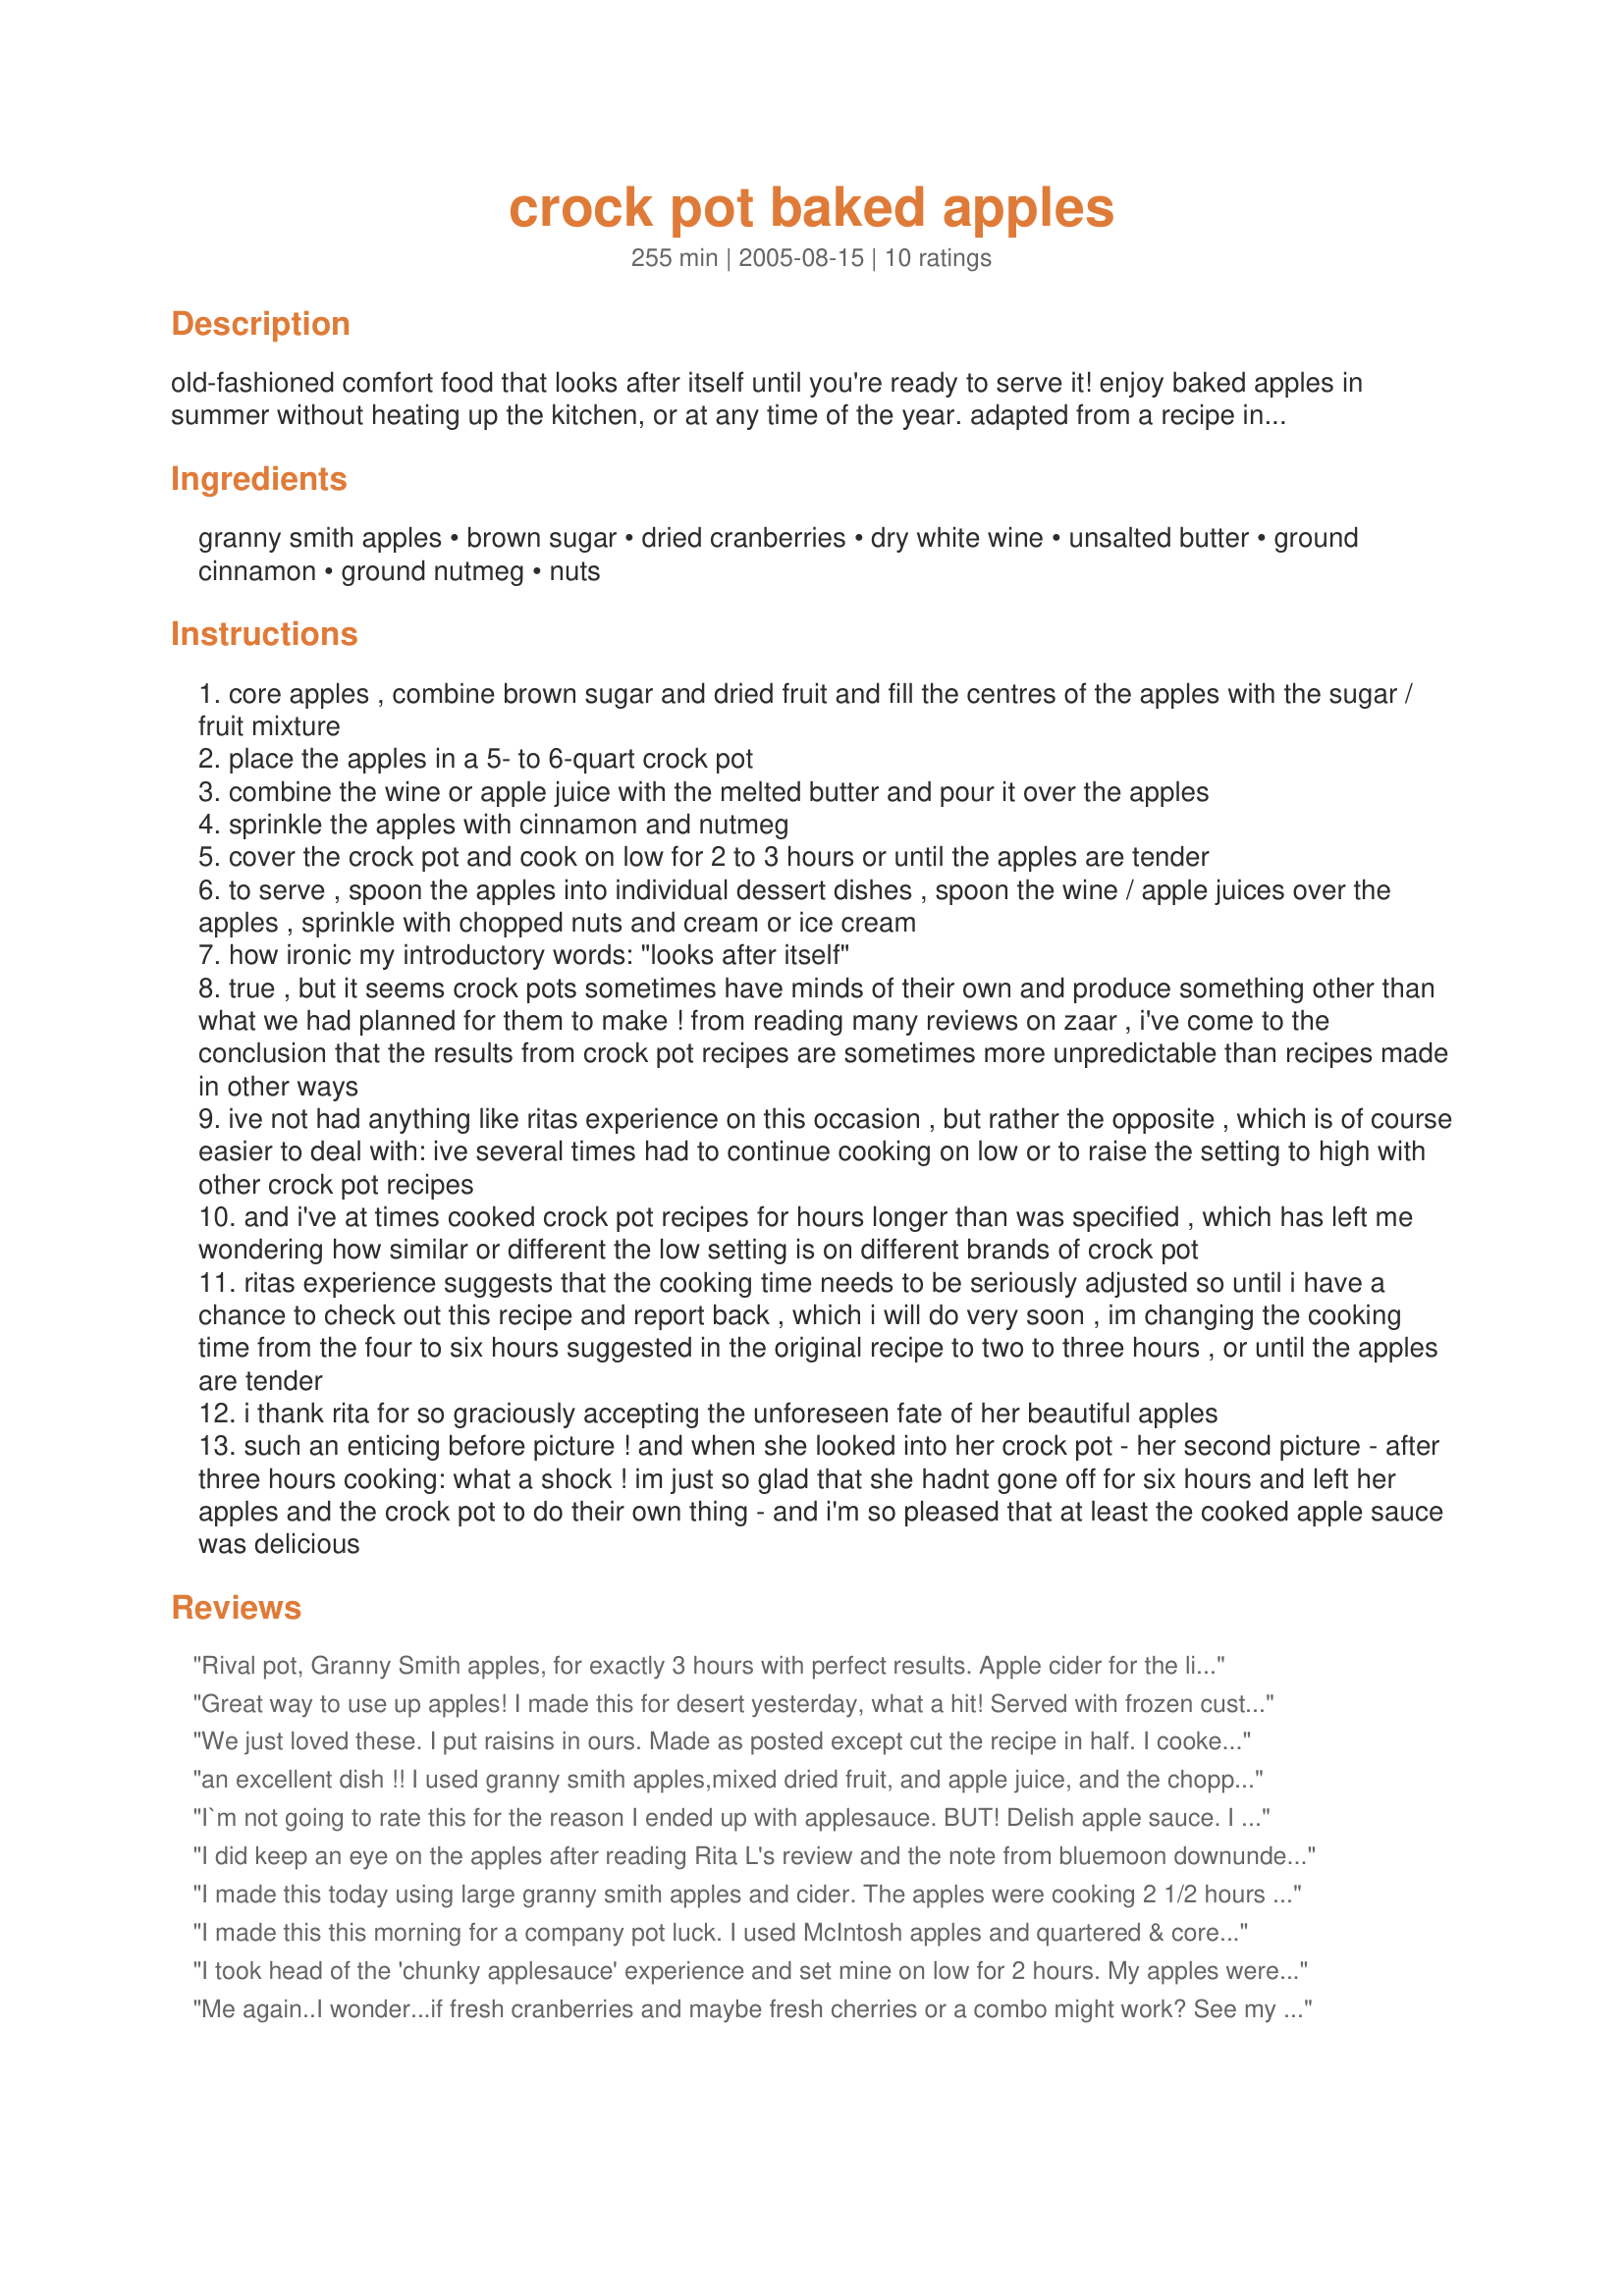
crock pot baked apples
Preparation time: 255 minutes

old-fashioned comfort food that looks after itself until you're ready to serve it! enjoy baked apples in summer without heating up the kitchen, or at any time of the year. adapted from a recipe in betty crocker's "slow cooker cookbook". if you are planning to make this recipe, please read rita's experience with this recipe, and my notes below.

Ingredients:
granny smith apples, brown sugar, dried cranberries, dry white wine, unsalted butter, ground cinnamon, ground nutmeg, nuts

Steps:
core apples , combine brown sugar and dried fruit and fill the centres of the apples with the sugar / fruit mixture
place the apples in a 5- to 6-quart crock pot
combine the wine or apple juice with the melted butter and pour it over the apples
sprinkle the apples with cinnamon and nutmeg
cover the crock pot and cook on low for 2 to 3 hours or until the apples are tender
to serve , spoon the apples into individual dessert dishes , spoon the wine / apple juices over the apples , sprinkle with chopped nuts and cream or ice cream
how ironic my introductory words: "looks after itself"
true , but it seems crock pots sometimes have minds of their own and produce something other than what we had planned for them to make ! from reading many reviews on zaar , i've come to the conclusion that the results from crock pot recipes are sometimes more unpredictable than recipes made in other ways
ive not had anything like ritas experience on this occasion , but rather the opposite , which is of course easier to deal with: ive several times had to continue cooking on low or to raise the setting to high with other crock pot recipes
and i've at times cooked crock pot recipes for hours longer than was specified , which has left me wondering how similar or different the low setting is on different brands of crock pot
ritas experience suggests that the cooking time needs to be seriously adjusted so until i have a chance to check out this recipe and report back , which i will do very soon , im changing the cooking time from the four to six hours suggested in the original recipe to two to three hours , or until the apples are tender
i thank rita for so graciously accepting the unforeseen fate of her beautiful apples
such an enticing before picture ! and when she looked into her crock pot - her second picture - after three hours cooking: what a shock ! im just so glad that she hadnt gone off for six hours and left her apples and the crock pot to do their own thing - and i'm so pleased that at least the cooked apple sauce was delicious

Reviews:
Rival pot, Granny Smith apples, for exactly 3 hours with perfect results. Apple cider for the liquid which made a wonderful sauce. Microwaved(warmed) the extra apple in the morning for breakfast and it worked out great for when you're in a hurry.
Great way to use up apples! I made this for desert yesterday, what a hit! Served with frozen custard.........Yummy!
We just loved these. I put raisins in ours. Made as posted except cut the recipe in half. I cooked them for 3 hours and they had just a bite to them. They were not mushy at all. Full of yummy flavor. Thanks for posting. :)
an excellent dish !! I used granny smith apples,mixed dried fruit, and apple juice, and the chopped nuts. After 2 1/2 hours apples were tender, and it made a great addition to dinner. Very easy to make.
I`m not going to rate this for the reason I ended up with applesauce. BUT! Delish apple sauce. I was dissappointed because checking the apples after 3 hours of low slow cooking they were chunky sauce with dried blueberries. I did use firm fresh granny smiths. Being this is a slow cooker recipe it is one of those that should not have to be watched. I`m just glad I didn`t leave the house and come back 6 hours later. I have made similar recipes in the oven so I was looking forward to a nice tender spicied apple with ice cream. But now I just jarred my chunky apple sauce. Which is so very good! Sweet and tangy! I used dried blueberries, 1/2 cup apple juice and 1/4 cup apple iquour. I skipped the nuts!
I did keep an eye on the apples after reading Rita L's review and the note from bluemoon downunder. The apples were very nice and tender, great tasting, and will be making these again!
I made this today using large granny smith apples and cider. The apples were cooking 2 1/2 hours on low, and were not ready, I turned them up to high and they were done 1/2 hour later. I thickened the cider with a little arrow root mixed in water. The sauce was delicious I dribbled a little brandy in it, and served them with whipped cream, Yum :). I'll definately will be making these again. Thanks for the recipe.
I made this this morning for a company pot luck. I used McIntosh apples and quartered & cored them. I put in the ingredients (less the dried fruit) and set the crock pot on high for an hour and a half. They were perfectly done for the 10:00 brunch! I used the wine instead of the juice, and I think it gave it a more adult flavor. Super easy to make!
I took head of the 'chunky applesauce' experience and set mine on low for 2 hours. My apples were brand new from the store, almost to the point of not being ripe enough. I did have a good experience, but I know my Crockpot well enough to know that it has a tendency to overcook things in a hurry. It really depends on each cooker itself, then you must adjust accordingly. What I ended up with was just about done apples, so I put it on high for about 20 minutes. They were perfect. This will not likely work with any sweet apples, so I wouldn't even try it. I used craisins for the dried berries. I didn't use the nuts, but I'd like to use some pecans next time because I missed them. Oh I also used apple cider in place of the juice. I think it gave it a little more zing, which was delicious. WHat I wish I could rate 10 stars is the SMELL of these babies cooking away in the kitchen. Oh my goodness. I could hardly stand it, it was so good. I made a tiny supper, just to save room for the apples. Ha! Made and Reviewed for 123 Hit Wonders tag - Thanks! :)
Me again..I wonder...if fresh cranberries and maybe fresh cherries or a combo might work? See my &quot;mom&#039;s Cranberry Cookies&quot;. Calls for fresh cranberries and I suppose dried would work but fresh have that beautiful tartnes.
